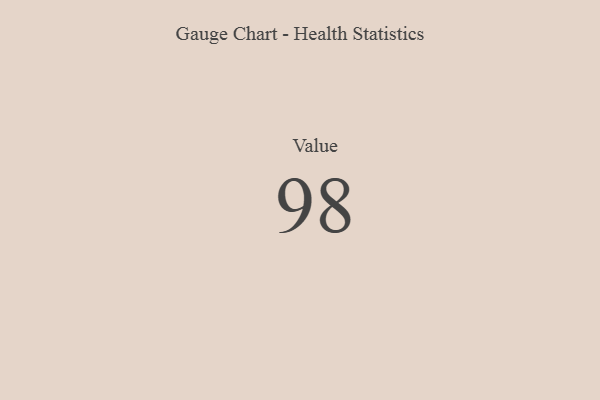
{"axis": {"x": "Metric", "y": "Value"}, "legend": [""], "data": [{"x": "Value", "y": 98, "type": ""}]}